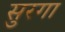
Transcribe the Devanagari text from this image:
सुरगा